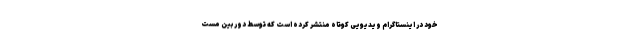
خود در اینستاگرام ویدیویی کوتاه منتشر کرده است که توسط دوربین مست